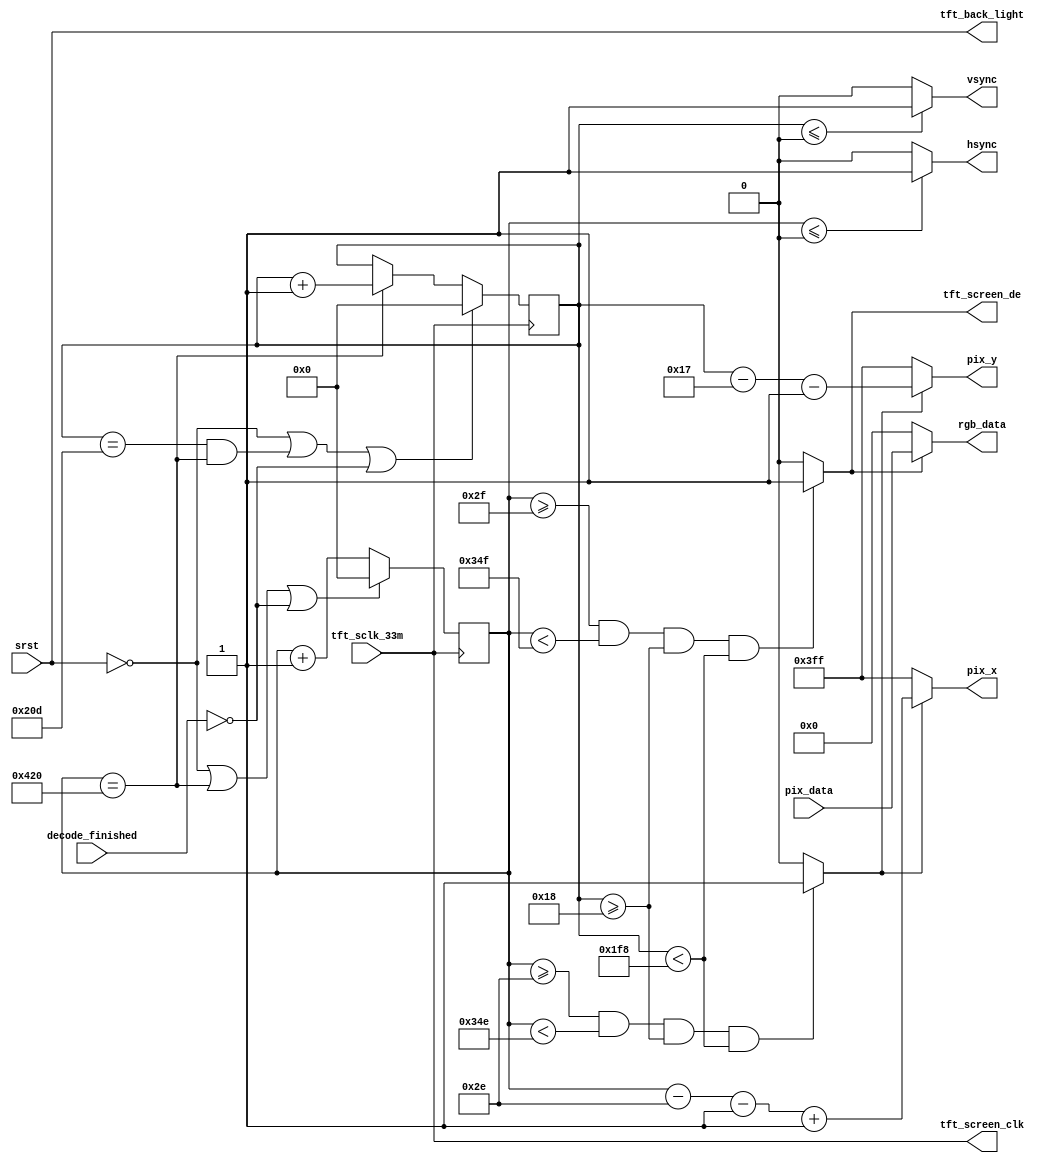
module tft_ctrl
(
    tft_sclk_33m,
    srst,
    pix_data,
    decode_finished,
    
    pix_x,
    pix_y,
    
    hsync,
    vsync,
    
    rgb_data,
    tft_back_light,
    tft_screen_clk,
    tft_screen_de
);
parameter H_SYNC  = 11'd1,
          H_BACK  = 11'd46,
          H_FRONT = 11'd210,
          H_VALID = 11'd800,
          H_TOTAL = H_SYNC + H_FRONT + H_VALID + H_BACK;
          
parameter V_SYNC  = 11'd1,
          V_BACK  = 11'd23,
          V_FRONT = 11'd22,
          V_VALID = 11'd480,
          V_TOTAL = V_SYNC + V_BACK + V_FRONT + V_VALID;

input tft_sclk_33m;
input srst;
input [15:0] pix_data;
input decode_finished;

output [10:0] pix_x;
output [10:0] pix_y;
output hsync;
output vsync;
output [15:0] rgb_data;
output tft_back_light;
output tft_screen_clk;
output tft_screen_de;

wire rgb_valid;
wire pix_data_valid;

reg [10:0] cnt_v;
reg [10:0] cnt_h;

assign tft_screen_clk = tft_sclk_33m;
assign tft_back_light = srst;
assign tft_screen_de = rgb_valid;

always@(posedge tft_sclk_33m) begin
    if(!srst || (cnt_h == H_TOTAL - 10'd1) || !decode_finished)
        cnt_h <= 11'd0;
    else
        cnt_h <= cnt_h + 10'd1;
end

always@(posedge tft_sclk_33m) begin
    if(!srst || (cnt_v == V_TOTAL - 10'd1 && cnt_h == H_TOTAL - 10'd1) || !decode_finished)
        cnt_v <= 11'd0;
    else if (cnt_h == H_TOTAL - 10'd1)
        cnt_v <= cnt_v + 10'd1;
    else
        cnt_v <= cnt_v;
end

assign vsync = ( cnt_v <= V_SYNC - 1'd1) ? 1'b1 : 1'b0;
assign hsync = ( cnt_h <= H_SYNC - 1'd1) ? 1'b1 : 1'b0;


assign rgb_valid = (cnt_h >= (H_SYNC + H_BACK)) && (cnt_h < (H_SYNC + H_BACK + H_VALID)) &&
                   (cnt_v >= (V_SYNC + V_BACK)) && (cnt_v < (V_SYNC + V_BACK + V_VALID)) ? 1'b1 : 1'b0; 
                   
assign pix_data_valid = (cnt_h >= (H_SYNC + H_BACK - 10'd1)) && (cnt_h < (H_SYNC + H_BACK + H_VALID - 10'd1)) &&
                        (cnt_v >= (V_SYNC + V_BACK)) && (cnt_v < (V_SYNC + V_BACK + V_VALID)) ? 1'b1 : 1'b0; 
            
assign pix_x = (pix_data_valid) ? 
            (cnt_h - H_BACK - H_SYNC + 10'd1) : 11'h3ff;

assign pix_y = (pix_data_valid) ?
            (cnt_v - V_BACK - V_SYNC) : 11'h3ff;

assign rgb_data = (rgb_valid) ? pix_data : 16'h0000;


endmodule